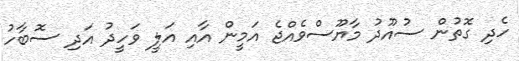
ހެދި ގޮތުން ސުއޫދު މާޔޫސްވެއްޖެ އަމީން އާއި އަލީ ވަހީދު އަދި ސޮބާހު